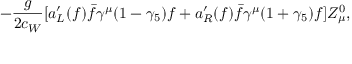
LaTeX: - \frac { g } { 2 c _ { W } } [ a _ { L } ^ { \prime } ( f ) \bar { f } \gamma ^ { \mu } ( 1 - \gamma _ { 5 } ) f + a _ { R } ^ { \prime } ( f ) \bar { f } \gamma ^ { \mu } ( 1 + \gamma _ { 5 } ) f ] Z _ { \mu } ^ { 0 } ,